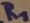
Text: R1